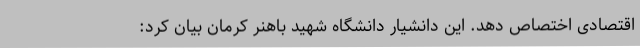
اقتصادی اختصاص دهد. این دانشیار دانشگاه شهید باهنر کرمان بیان کرد: